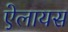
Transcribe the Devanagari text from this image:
ऐलायस